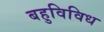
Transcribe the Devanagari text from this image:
बहुविविध